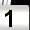
Digit: 1